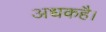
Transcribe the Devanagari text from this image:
अधकहै।